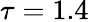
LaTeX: \tau=1.4